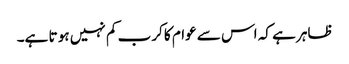
ظاہر ہے کہ اس سے عوام کا کرب کم نہیں ہو تا ہے۔